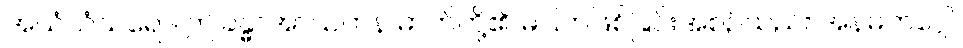
အယံသံသရော၊ ဤခန္ဓာအာယတန ဓာတ်တို့၏ မပြတ်ဖြစ်ခြင်းအစဉ်သည်။ အနမတဂ္ဂေါ၊